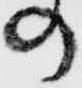
の